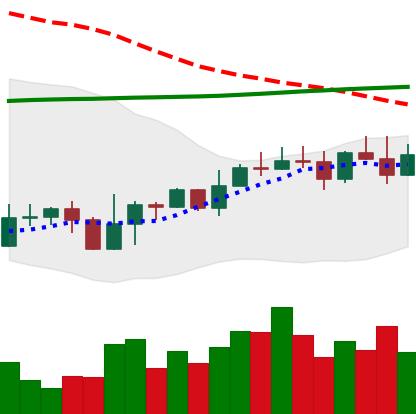
Ticker: EOS-USD
Chart end date: 2022-11-03
Forward return: -16.222%
Label: down_7plus